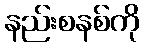
နည်းစနစ်ကို